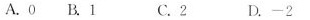
A.0 B1 C.2 D.-2